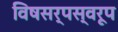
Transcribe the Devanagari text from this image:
विषसर्पस्वरूप